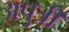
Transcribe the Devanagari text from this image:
अपुत्री